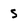
Character: s